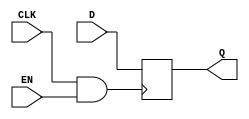
module memory_block (
    input wire CLK,      // Main clock signal
    input wire EN,       // Enable signal for clock gating
    input wire [7:0] D,  // Data input for memory
    output reg [7:0] Q   // Data output from memory
);

// Internal clock signal after gating
wire gated_clk;

// Clock gating using an AND gate
assign gated_clk = CLK & EN;

// Memory register (for example, 8-bit register)
always @(posedge gated_clk) begin
    Q <= D; // Latch the data on the gated clock
end

endmodule